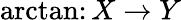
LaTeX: \arctan\colon X\to Y